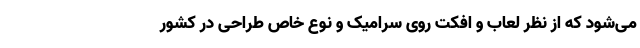
می‌شود که از نظر لعاب و اِفِکت روی سرامیک و نوع خاص طراحی در کشور